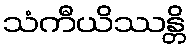
သံကီယိဿန္တိ